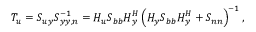
\boldsymbol { T _ { u } } = \boldsymbol { S _ { u y } } \boldsymbol { S } _ { \boldsymbol { y y , n } } ^ { - 1 } = \boldsymbol { H _ { u } } \boldsymbol { S _ { b b } } \boldsymbol { H } _ { \boldsymbol { y } } ^ { H } \left( \boldsymbol { H _ { y } } \boldsymbol { S _ { b b } } \boldsymbol { H } _ { \boldsymbol { y } } ^ { H } + \boldsymbol { S _ { n n } } \right) ^ { - 1 } ,